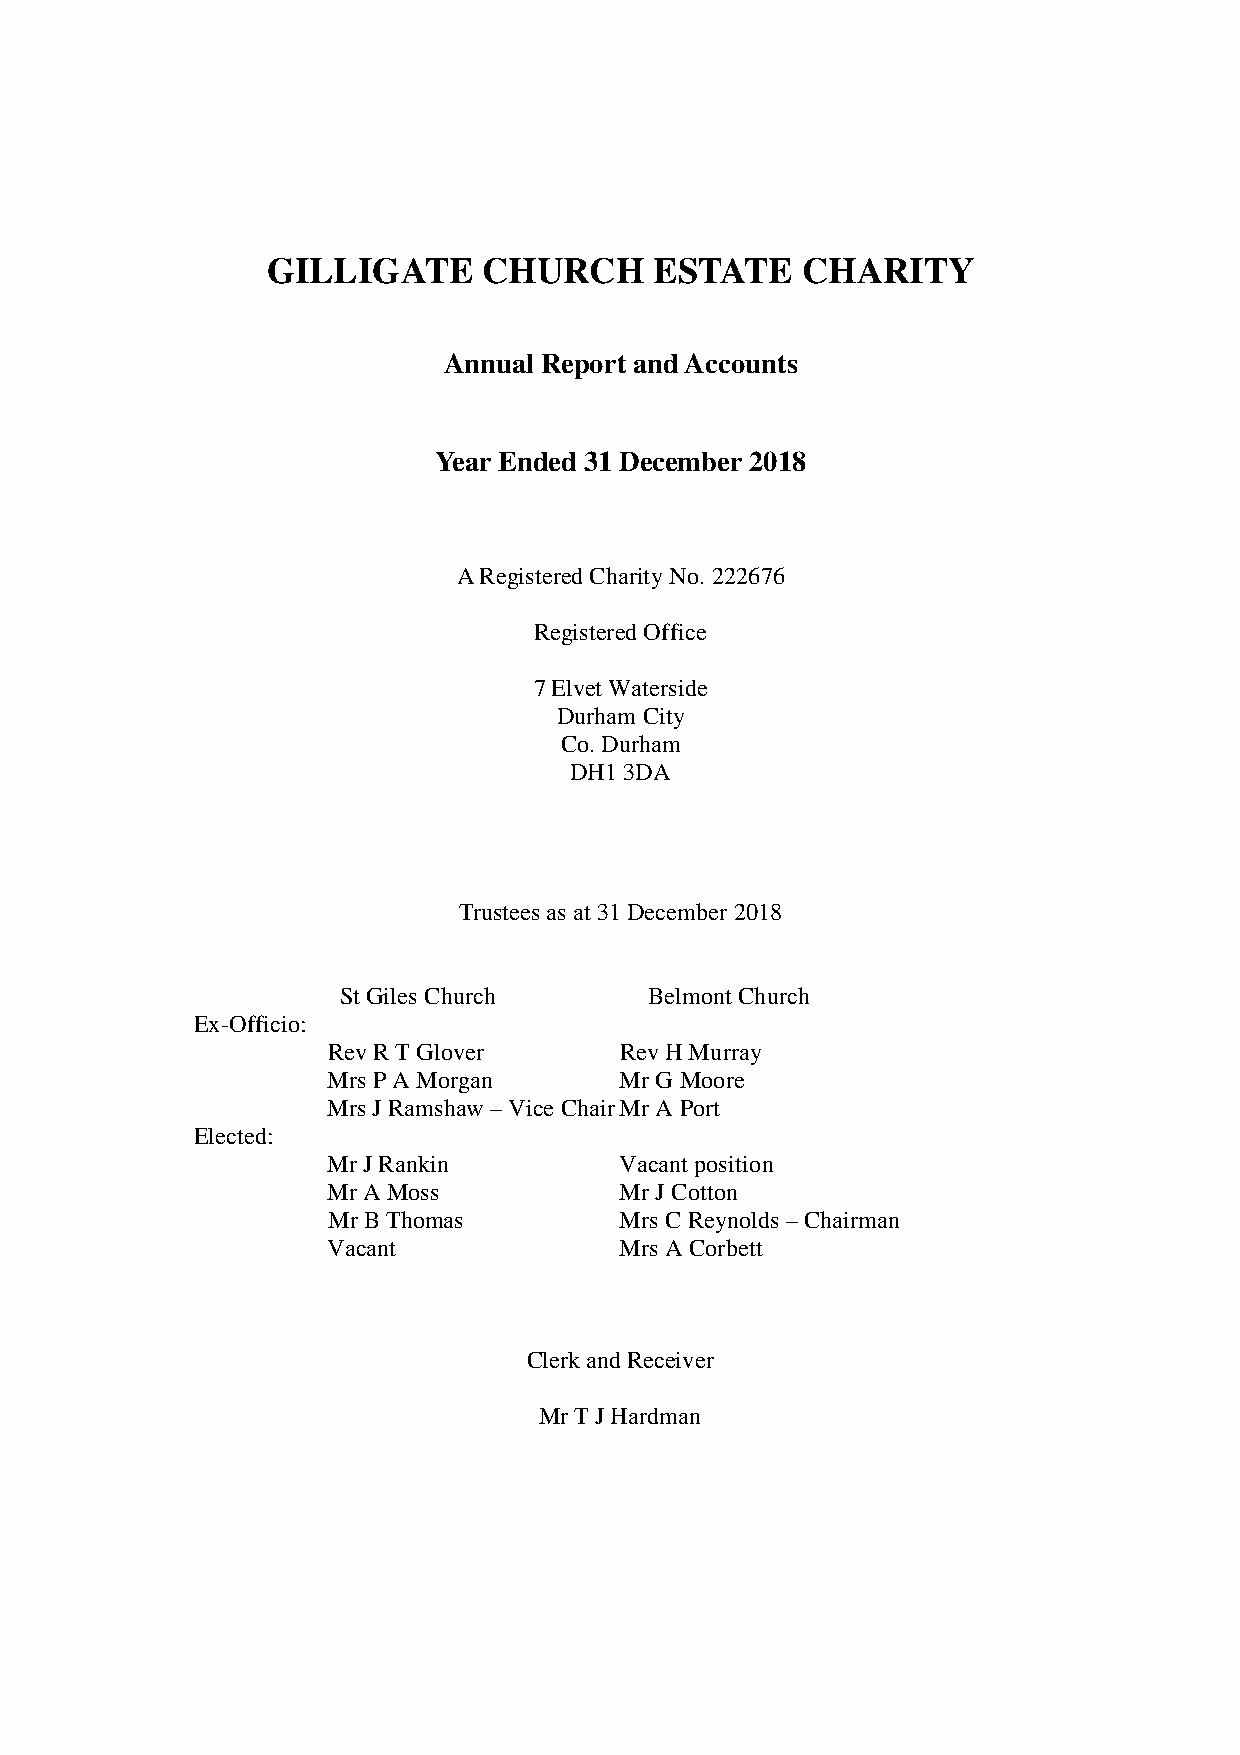
GILLIGATE     CHURCH     ESTATE    CHARITY
 Annual Report and Accounts
 Year Ended 31 December 2018
 A Registered Charity No. 222676
 Registered Office
 7 Elvet Waterside
 Durham City
 Co. Durham
 DH1 3DA
 Trustees as at 31 December 2018
 St Giles Church     Belmont Church
 Ex-Officio:
 Rev R T Glover     Rev H Murray
 Mrs P A Morgan     Mr G Moore
 Mrs J Ramshaw – Vice Chair Mr A Port
 Elected:
 Mr J Rankin        Vacant position
 Mr A Moss          Mr J Cotton
 Mr B Thomas        Mrs C Reynolds – Chairman
 Vacant             Mrs A Corbett
 Clerk and Receiver
 Mr T J Hardman